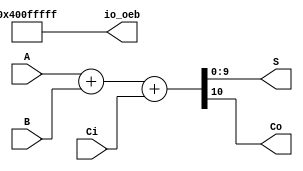
/* Generated by Yosys 0.33+6 (git sha1 41b34a193, clang 11.0.1-2 -fPIC -Os) */


module cordic(A, B, Ci, S, Co,io_oeb);
/*`ifdef USE_POWER_PINS
  	inout vccd1,
  	inout vssd1,
  `endif*/
    output wire [31:0] io_oeb;
  assign io_oeb = 32'b01000000000011111111111111111111;
input[9:0] A;
input[9:0] B;
input Ci;
output[9:0] S;
output Co;
wire[10:0] Sum33;
assign Sum33 = A + B + Ci ;
assign S = Sum33[9:0] ;
assign Co = Sum33[10] ;
endmodule

/* 
module cordic(clk, reset, start, angle, Exp, done,io_oeb);
  `ifdef USE_POWER_PINS
  	inout vccd1,
  	inout vssd1,
  `endif
  output wire [32:0] io_oeb;
  assign io_oeb = 32'b00000000000000001111111111111111;
  
  wire [15:0] _00_;
  wire _01_;
  wire [15:0] _02_;
  wire [15:0] _03_;
  wire [15:0] _04_;
  wire [15:0] _05_;
  wire _06_;
  wire _07_;
  wire _08_;
  wire [15:0] _09_;
  wire [15:0] _10_;
  wire [15:0] _11_;
  reg [3:0] _12_;
  reg [15:0] _13_;
  reg [15:0] _14_;
  reg [15:0] _15_;
  wire [15:0] _16_;
  wire [15:0] _17_;
  wire [15:0] _18_;
  wire [15:0] _19_;
  wire [3:0] _20_;
  wire [3:0] _21_;
  wire [3:0] _22_;
  output [15:0] Exp;
  wire [15:0] Exp;
  input [15:0] angle;
  wire [15:0] angle;
  wire [15:0] atan_s;
  input clk;
  wire clk;
  wire [3:0] count_s;
  output done;
  wire done;
  wire dout;
  wire init_s;
  wire load_s;
  wire [15:0] newx_s;
  wire [15:0] newy_s;
  wire [15:0] newz_s;
  input reset;
  wire reset;
  wire s_s;
  wire [15:0] shiftxreg_s;
  wire [15:0] shiftyreg_s;
  input start;
  wire start;
  wire [15:0] temp_x;
  wire [15:0] temp_y;
  wire [15:0] temp_z;
  wire [15:0] xreg_s;
  wire [15:0] yreg_s;
  wire [15:0] zreg_s;
  assign _16_ = load_s ? newy_s : yreg_s;
  assign _17_ = init_s ? temp_y : _16_;
  assign _18_ = load_s ? newz_s : zreg_s;
  assign _19_ = init_s ? temp_z : _18_;
  assign _20_ = count_s + 4'h1;
  assign _21_ = load_s ? _20_ : count_s;
  assign _22_ = init_s ? 4'h1 : _21_;
  assign _01_ = ~ s_s;
  always @(posedge clk)
    _12_ <= _22_;
  always @(posedge clk)
    _13_ <= _11_;
  always @(posedge clk)
    _14_ <= _17_;
  always @(posedge clk)
    _15_ <= _19_;
  assign _00_ = load_s ? newx_s : xreg_s;
  assign _11_ = init_s ? temp_x : _00_;
  Eta_Adder16 add1 (.a(xreg_s),.b_in(shiftyreg_s),.sign(s_s),.sout(_02_));
  Eta_Adder16 add2 (.a(yreg_s),.b_in(shiftxreg_s),.sign(s_s),.sout(_03_));
  Eta_Adder16 add3 (.a(zreg_s),.b_in(atan_s),.sign(dout),.sout(_04_));
  fsm fsm1 (.clk(clk),.count(count_s),.done(_08_),.init(_06_),.load(_07_),.reset(reset),.start(start));
  rom lut (.i(count_s),.theta(_05_));
  shift shiftone (.counter(count_s),.inshift(xreg_s),.oshift(_09_));
  shift shifttwo (.counter(count_s),.inshift(yreg_s),.oshift(_10_));
  assign count_s = _12_;
  assign newx_s = _02_;
  assign newy_s = _03_;
  assign newz_s = _04_;
  assign xreg_s = _13_;
  assign yreg_s = _14_;
  assign zreg_s = _15_;
  assign atan_s = _05_;
  assign init_s = _06_;
  assign load_s = _07_;
  assign s_s = zreg_s[15];
  assign shiftyreg_s = _10_;
  assign shiftxreg_s = _09_;
  assign dout = _01_;
  assign temp_x = 16'h4e0c;
  assign temp_y = 16'h4e0c;
  assign temp_z = angle;
  assign Exp = yreg_s;
  assign done = _08_;
endmodule
*/